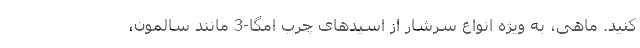
کنید. ماهی، به ویژه انواع سرشار از اسیدهای چرب امگا-3 مانند سالمون،